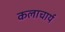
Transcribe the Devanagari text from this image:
कलाचार्य